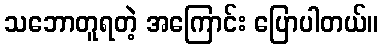
သဘောတူရတဲ့ အကြောင်း ပြောပါတယ်။